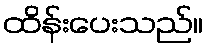
ထိန်းပေးသည်။